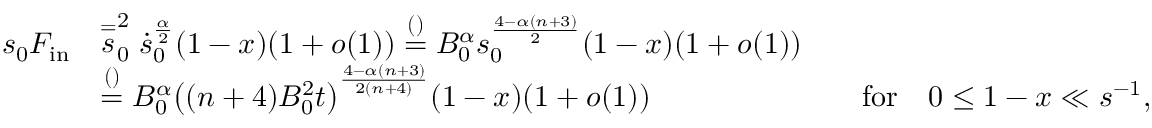
\begin{array} { r l r l } { s _ { 0 } F _ { \mathrm { i n } } } & { \stackrel { = } s _ { 0 } ^ { 2 } \dot { s } _ { 0 } ^ { \frac \alpha 2 } ( 1 - x ) ( 1 + o ( 1 ) ) \stackrel { ( ) } = B _ { 0 } ^ { \alpha } s _ { 0 } ^ { \frac { 4 - \alpha ( n + 3 ) } { 2 } } ( 1 - x ) ( 1 + o ( 1 ) ) } \\ & { \stackrel { ( ) } = B _ { 0 } ^ { \alpha } \big ( ( n + 4 ) B _ { 0 } ^ { 2 } t \big ) ^ { \frac { 4 - \alpha ( n + 3 ) } { 2 ( n + 4 ) } } ( 1 - x ) ( 1 + o ( 1 ) ) } & & { \mathrm { f o r } \quad 0 \le 1 - x \ll s ^ { - 1 } , } \end{array}